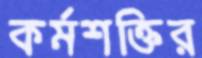
কর্মশক্তির